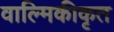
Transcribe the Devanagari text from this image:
वाल्मिकीकृत